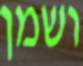
ושמן